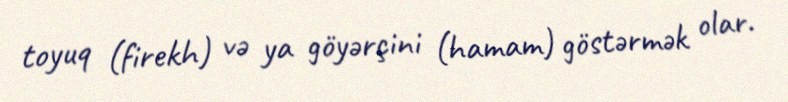
toyuq (firekh) və ya göyərçini (hamam) göstərmək olar.